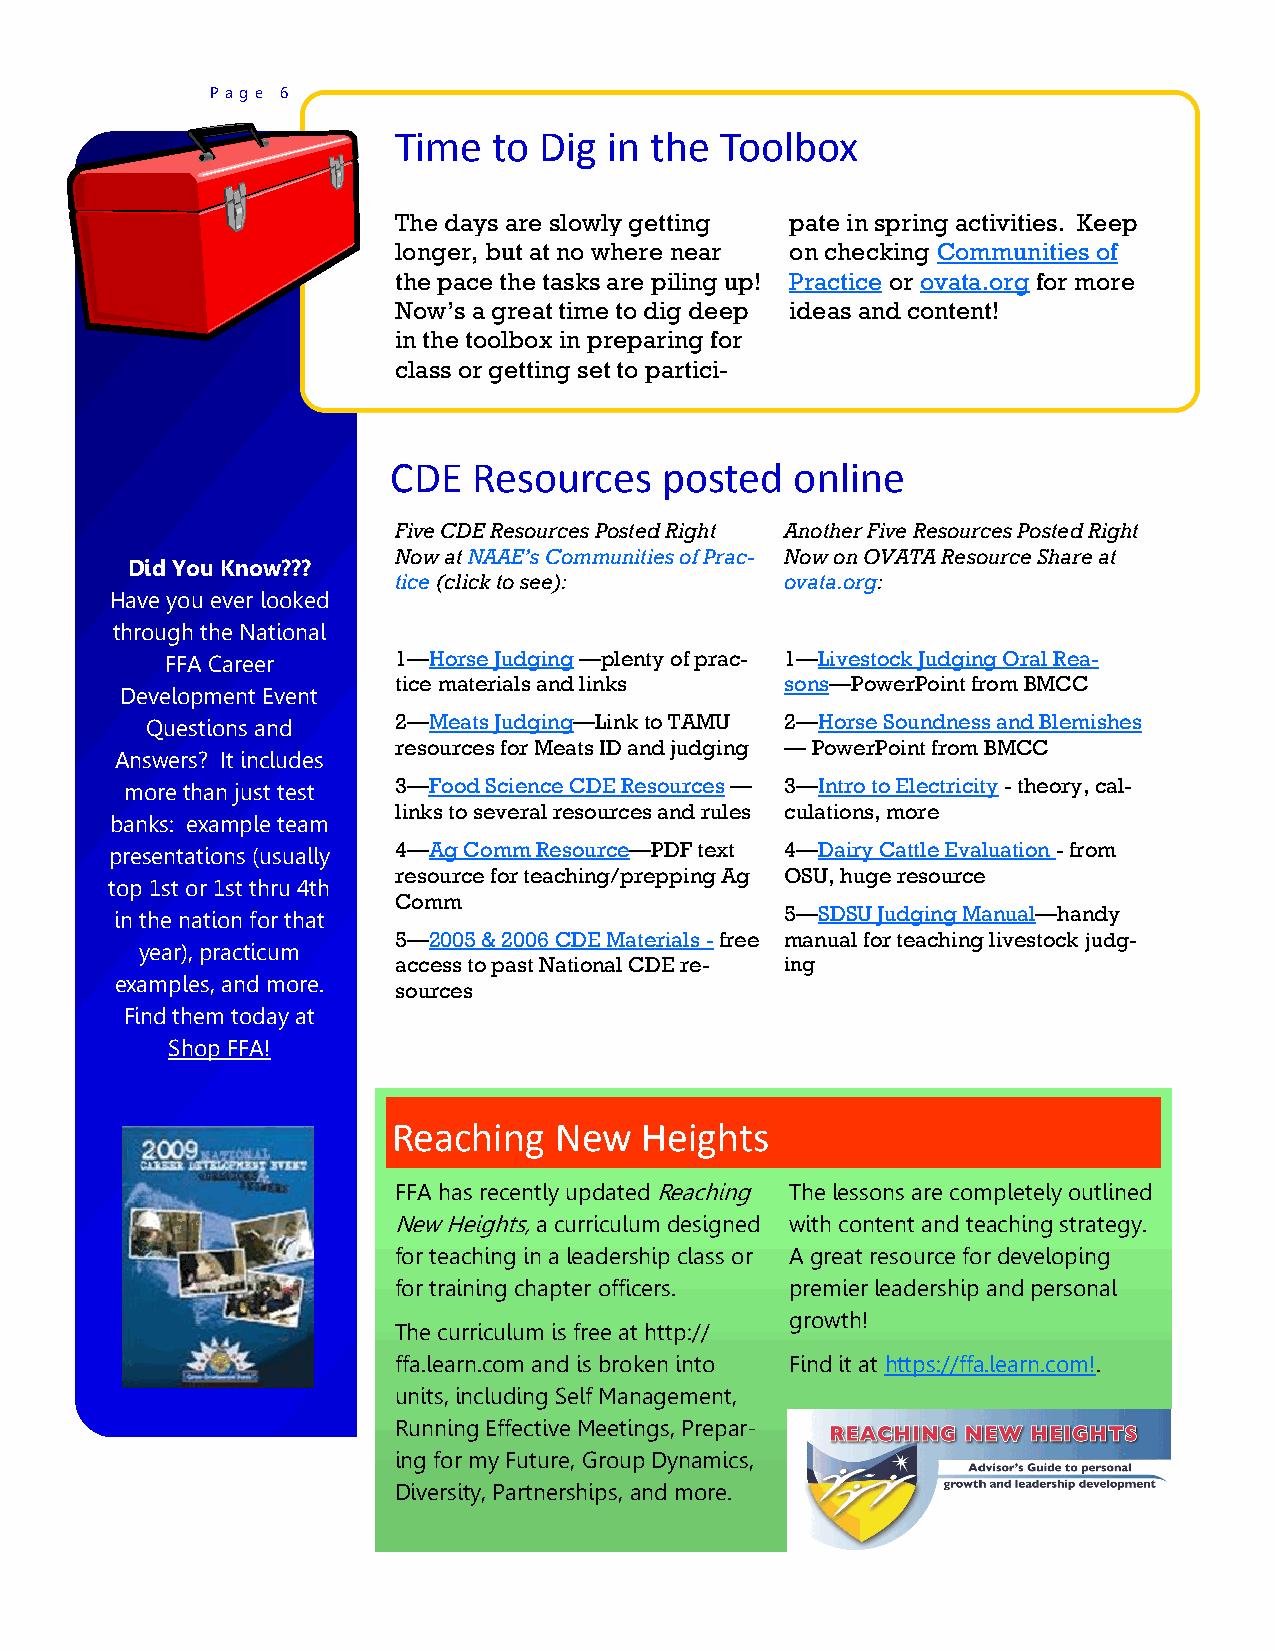
P a g e 6
 Time   to Dig in the  Toolbox
 The days are slowly getting pate in spring activities. Keep
 longer, but at no where near on checking Communities of
 the pace the tasks are piling up! Practice or ovata.org for more
 Now’s a great time to dig deep ideas and content!
 in the toolbox in preparing for
 class or getting set to partici-
 CDE  Resources    posted   online
 Five CDE Resources Posted Right Another Five Resources Posted Right
 Now at NAAE’s Communities of Prac- Now on OVATA Resource Share at
 Did You Know???
 tice (click to see):      ovata.org:
 Have you ever looked
 through the National
 FFA Career     1—Horse Judging —plenty of prac- 1—Livestock Judging Oral Rea-
 tice materials and links  sons—PowerPoint from BMCC
 Development Event
 Questions and   2—Meats Judging—Link to TAMU 2—Horse Soundness and Blemishes
 resources for Meats ID and judging — PowerPoint from BMCC
 Answers? It includes
 more than just test 3—Food Science CDE Resources — 3—Intro to Electricity - theory, cal-
 links to several resources and rules culations, more
 banks: example team
 4—Ag Comm Resource—PDF text 4—Dairy Cattle Evaluation - from
 presentations (usually
 resource for teaching/prepping Ag OSU, huge resource
 top 1st or 1st thru 4th
 Comm
 in the nation for that                      5—SDSU Judging Manual—handy
 5—2005 & 2006 CDE Materials - free manual for teaching livestock judg-
 year), practicum
 access to past National CDE re- ing
 examples, and more.
 sources
 Find them today at
 Shop FFA!
 Reaching   New  Heights
 FFA has recently updated Reaching The lessons are completely outlined
 New Heights, a curriculum designed with content and teaching strategy.
 for teaching in a leadership class or A great resource for developing
 for training chapter officers. premier leadership and personal
 growth!
 The curriculum is free at http://
 ffa.learn.com and is broken into Find it at https://ffa.learn.com!.
 units, including Self Management,
 Running Effective Meetings, Prepar-
 ing for my Future, Group Dynamics,
 Diversity, Partnerships, and more.